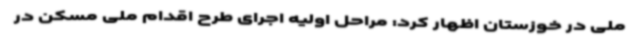
ملی در خوزستان اظهار کرد: مراحل اولیه اجرای طرح اقدام ملی مسکن در